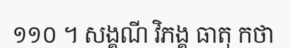
១១០ ។ សង្គណី វិភង្គ ធាតុ កថា